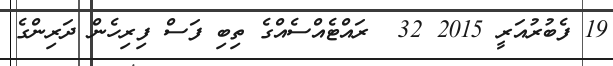
19 ފެބުރުއަރީ 2015 32  ރައްޓެއްސެއްގެ ތިބި ފަސް ފިރިހެން ދަރިންގެ